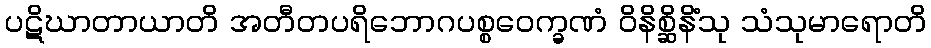
ပဋိဃာတာယာတိ အတီတပရိဘောဂပစ္စဝေက္ခဏံ ဝိနိစ္ဆိနိံသု သံသုမာရောတိ